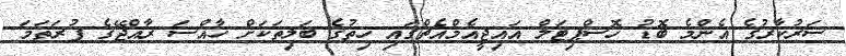
ސަރުކާރުގެ އެންމެ ބޮޑު ހޮސްޕިޓަލް އައިޖީއެމްއެޗްގައި ހިތުގެ ބަލިތަކަށް ހާއްސަ ރާއްޖޭގެ ފުރަތަމަ